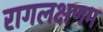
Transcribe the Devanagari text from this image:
रागलक्षणम